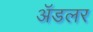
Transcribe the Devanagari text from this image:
अॅडलर